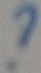
Text: ?